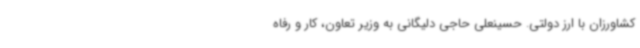
کشاورزان با ارز دولتی. حسینعلی حاجی دلیگانی به وزیر تعاون، کار و رفاه